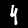
Digit: 4